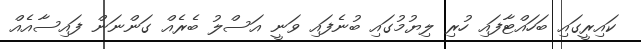
ކައިރީގައި ބަހައްޓާފައި ހުރި ލިޔުމުގައި ބުނެފައި ވަނީ އަސްލު ބެރެއް ގަންނަން ފައިސާއެއް